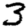
Digit: 3